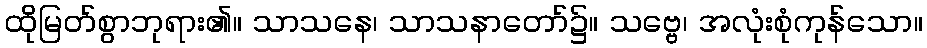
ထိုမြတ်စွာဘုရား၏။ သာသနေ၊ သာသနာတော်၌။ သဗ္ဗေ၊ အလုံးစုံကုန်သော။